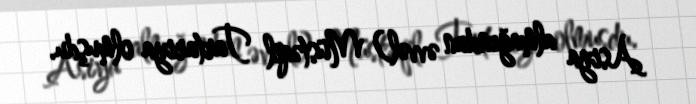
Asiya almağından əvvəl) Müstəqil Tartariya olmuşdu.